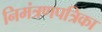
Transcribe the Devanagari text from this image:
निमंत्रणपत्रिका